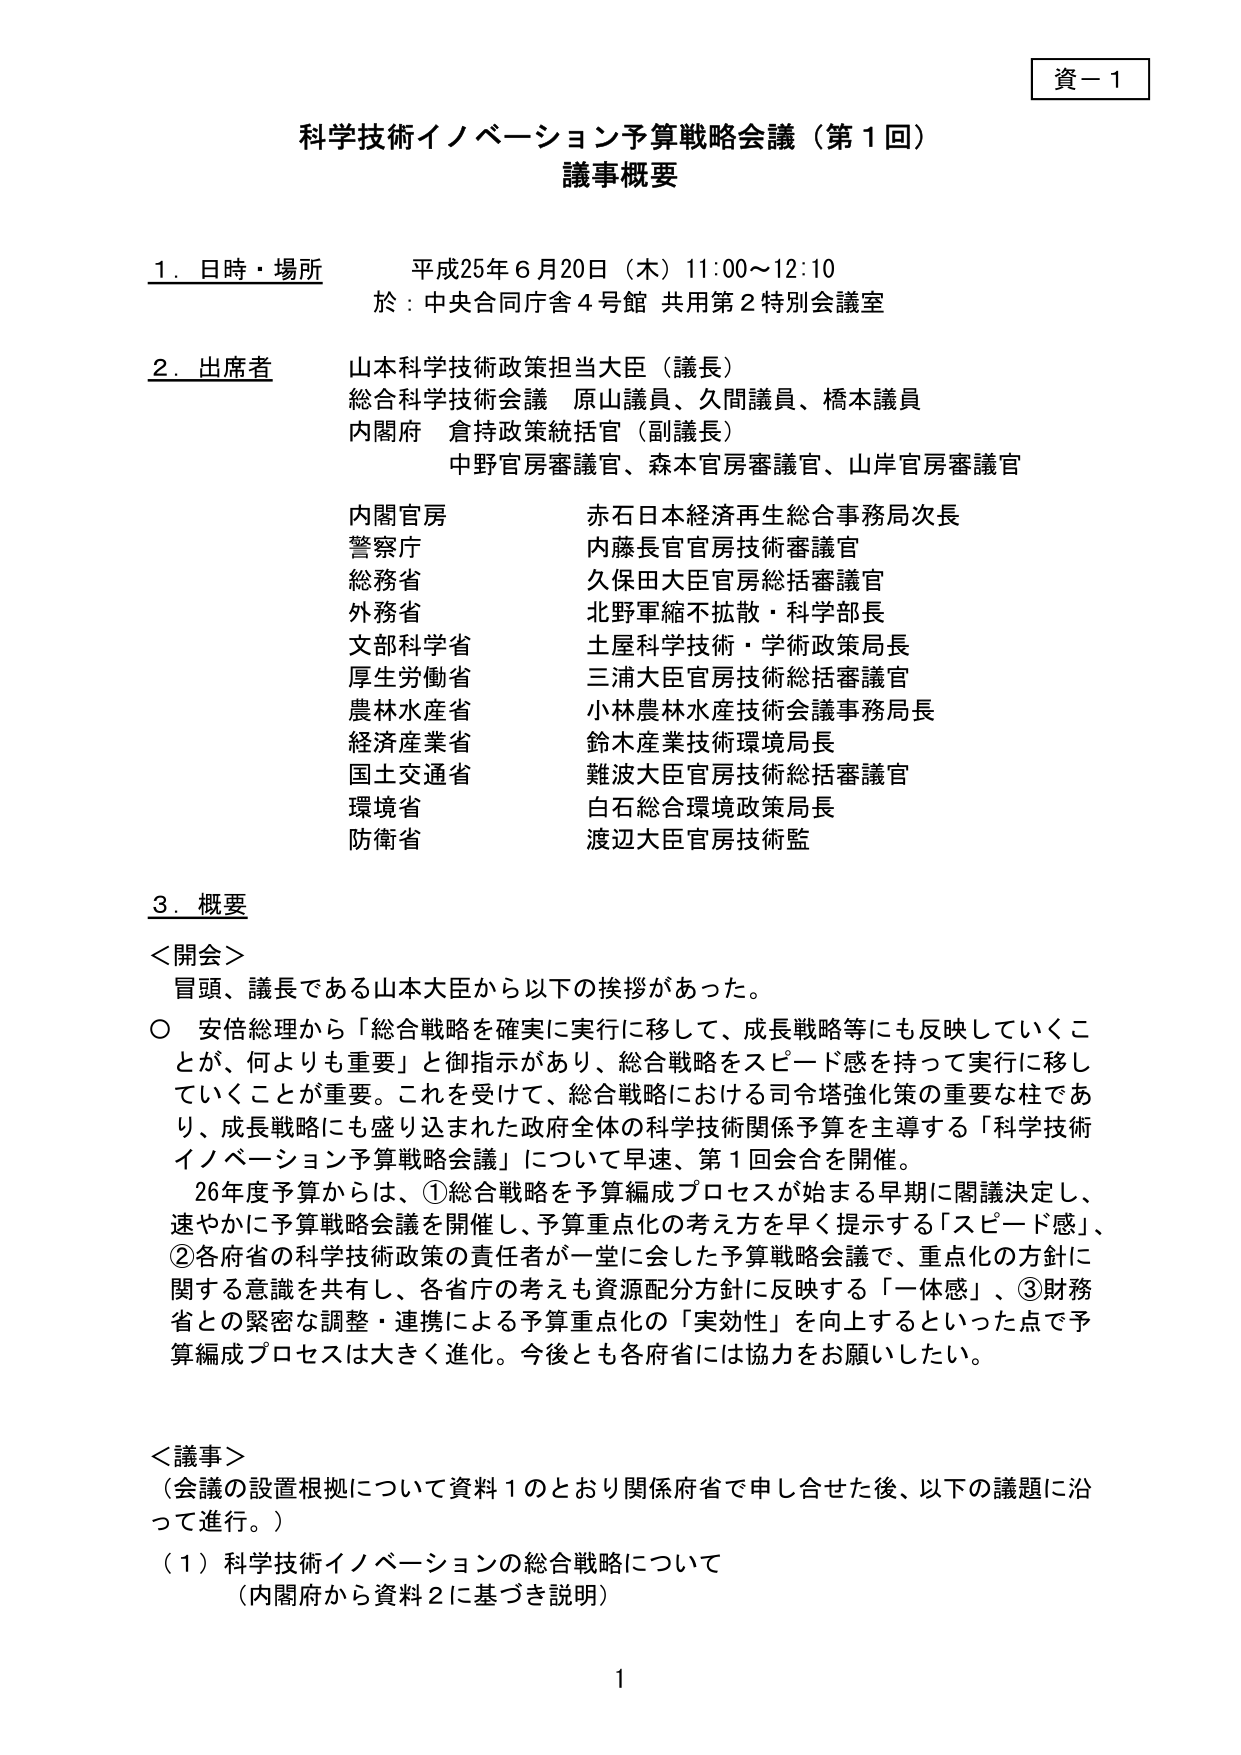
資－１

科学技術イノベーション予算戦略会議（第１回）
議事概要

１．日時・場所　平成25年６月20日（木）11:00～12:10
　　　　　　　　於：中央合同庁舎４号館 共用第２特別会議室

２．出席者　山本科学技術政策担当大臣（議長）
　　　　　　総合科学技術会議　原山議員、久間議員、橋本議員
　　　　　　内閣府　倉持政策統括官（副議長）
　　　　　　　　　　中野官房審議官、森本官房審議官、山岸官房審議官
　　　　　　内閣官房　　　　　赤石日本経済再生総合事務局次長
　　　　　　警察庁　　　　　　内藤長官官房技術審議官
　　　　　　総務省　　　　　　久保田大臣官房総括審議官
　　　　　　外務省　　　　　　北野軍縮不拡散・科学部長
　　　　　　文部科学省　　　　土屋科学技術・学術政策局長
　　　　　　厚生労働省　　　　三浦大臣官房技術総括審議官
　　　　　　農林水産省　　　　小林農林水産技術会議事務局長
　　　　　　経済産業省　　　　鈴木産業技術環境局長
　　　　　　国土交通省　　　　難波大臣官房技術総括審議官
　　　　　　環境省　　　　　　白石総合環境政策局長
　　　　　　防衛省　　　　　　渡辺大臣官房技術監

３．概要
＜開会＞
　冒頭、議長である山本大臣から以下の挨拶があった。
　○　安倍総理から「総合戦略を確実に実行に移して、成長戦略等にも反映していくことが、何よりも重要」と御指示があり、総合戦略をスピード感を持って実行に移していくことが重要。これを受けて、総合戦略における司令塔強化策の重要な柱であり、成長戦略にも盛り込まれた政府全体の科学技術関係予算を主導する「科学技術イノベーション予算戦略会議」について早速、第１回会合を開催。
　　26年度予算からは、①総合戦略を予算編成プロセスが始まる早期に閣議決定し、速やかに予算戦略会議を開催し、予算重点化の考え方を早く提示する「スピード感」、②各府省の科学技術政策の責任者が一堂に会した予算戦略会議で、重点化の方針に関する意識を共有し、各省庁の考えも資源配分方針に反映する「一体感」、③財務省との緊密な調整・連携による予算重点化の「実効性」を向上するといった点で予算編成プロセスは大きく進化。今後とも各府省には協力をお願いしたい。

＜議事＞
（会議の設置根拠について資料１のとおり関係府省で申し合せた後、以下の議題に沿って進行。）
（１）科学技術イノベーションの総合戦略について
　　　（内閣府から資料２に基づき説明）

1